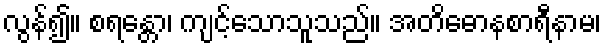
လွန်၍။ စရန္တော၊ ကျင့်သောသူသည်။ အတိဓောနစာရီနာမ၊